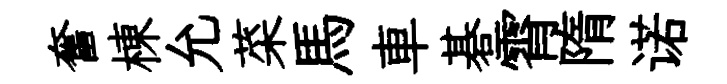
奮棟允菜馬車碁霄隋诺